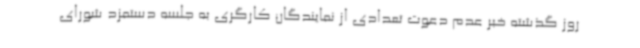
روز گذشته خبر عدم دعوت تعدادی از نمایندگان کارگری به جلسه دستمزد شورای